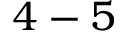
4 - 5